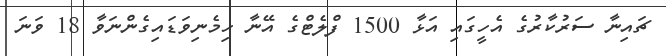
ޗައިނާ ސަރުކާރުގެ އެހީގައި އަޅާ 1500 ފްލެޓްގެ އޭނާ ހިމެނިވަޑައިގެންނަވާ 18 ވަނަ